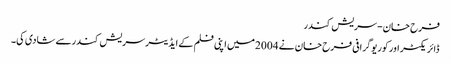
فرح خان-سریش کندر
ڈائریکٹر اورکوریوگرافی فرح خان نے 2004میں اپنی فلم کے ایڈیٹرسریش کندرسے شادی کی۔